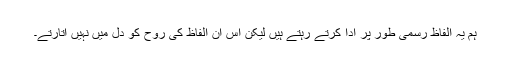
ہم یہ الفاظ رسمی طور پر ادا کرتے رہتے ہیں لیکن اس ان الفاظ کی روح کو دل میں نہیں اتارتے۔